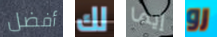
أفضل لك إيما رو